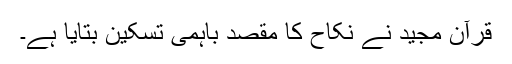
قرآنِ مجید نے نکاح کا مقصد باہمی تسکین بتایا ہے۔